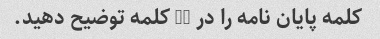
کلمه پایان نامه را در 45 کلمه توضیح دهید.